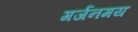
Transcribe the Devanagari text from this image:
गर्जनमय